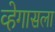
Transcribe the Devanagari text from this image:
व्हेगासला